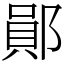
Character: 鄖